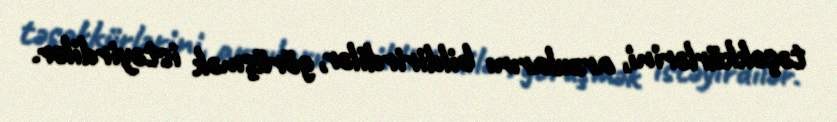
təşəkkürlərini, arzularını bildirirdilər, görüşmək istəyirdilər.